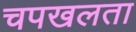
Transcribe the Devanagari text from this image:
चपखलता